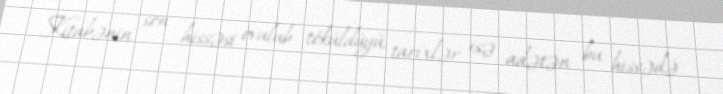
Kitabənin son hissəsi ovulub töküldüyü, tarixlər isə adətən bu hissədə